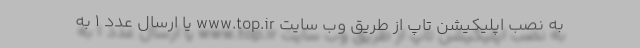
به نصب اپلیکیشن تاپ از طریق وب سایت www.top.ir یا ارسال عدد 1 به